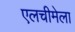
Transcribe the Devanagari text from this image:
एलचीमेला